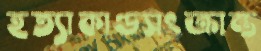
হত্যাকাণ্ডসংক্রান্ত